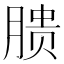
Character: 𱼏